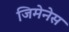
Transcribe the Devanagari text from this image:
जिमेनेस